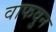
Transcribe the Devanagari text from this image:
वाफवुन